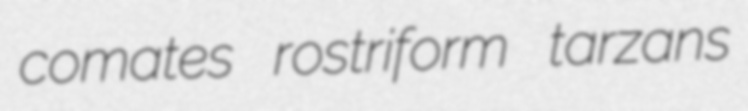
comates rostriform tarzans